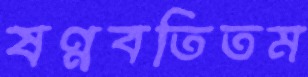
ষণ্ণবতিতম